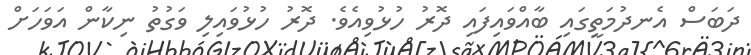
ދަބަސް އެނދުމަތީގައި ބާއްވައިފައި ދޮރު ހުޅުވިއެވެ. ދޮރު ހުޅުވައިލި ވަގުތު ނިކާން އަވަހަށް